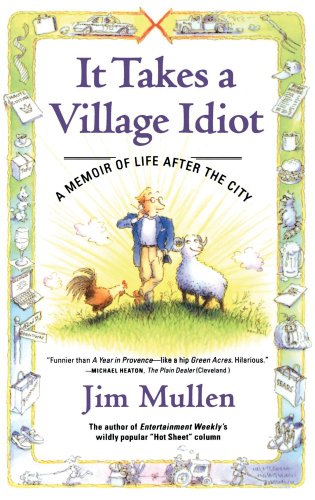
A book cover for It Takes a Village Idiot: A Memoir of Life After the City; Jim Mullen; Humor & Entertainment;